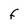
Character: F